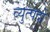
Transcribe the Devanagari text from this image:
व्युत्पदों